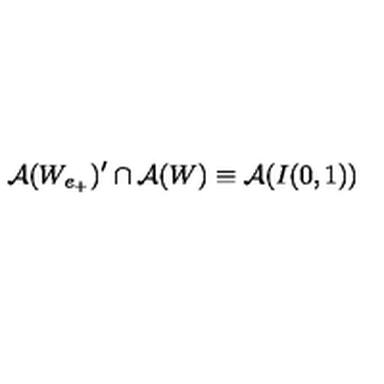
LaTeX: \mathcal { A } ( W _ { e _ { + } } ) ^ { \prime } \cap \mathcal { A } ( W ) \equiv \mathcal { A } ( I ( 0 , 1 ) )